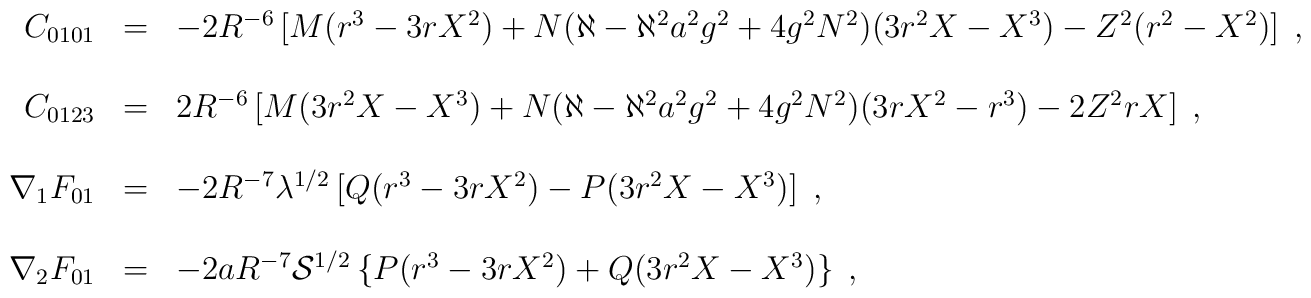
\begin{array}{rcl}C_{0101} &=& -2R^{-6}\left[               M(r^{3}-3rX^{2})              +N(\aleph -\aleph^{2}a^{2}g^{2}+4g^{2}N^{2})(3r^{2}X-X^{3})              -Z^{2}(r^{2}-X^{2})             \right] \; ,\\ & & \\C_{0123} &=& 2R^{-6}\left[               M(3r^{2}X-X^{3})              +N(\aleph -\aleph^{2}a^{2}g^{2}+4g^{2}N^{2})(3rX^{2}-r^{3})              -2Z^{2}rX             \right] \; , \\& &  \\\nabla_{1}F_{01} &=& -2R^{-7}\lambda^{1/2}\left[                       Q(r^{3}-3rX^{2})-P(3r^{2}X-X^{3})                     \right] \; ,\\ & & \\\nabla_{2}F_{01} &=& -2aR^{-7}{\cal S}^{1/2}\left\{                      P(r^{3}-3rX^{2})+Q(3r^{2}X-X^{3})                     \right\} \; ,\\  \end{array}